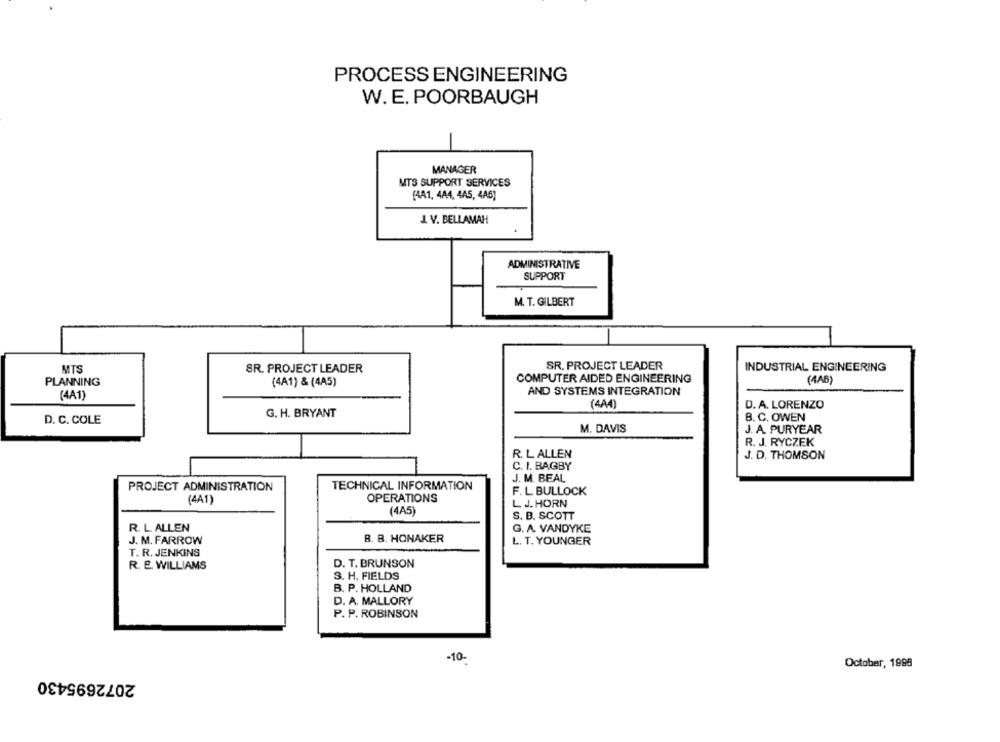
PROCESS ENGINEERING
W. E. POORBAUGH
MANAGER
MTS SUPPORT SERVICES
[4A1, 4A4, 4A5, 4A6)
J. V. BELLAMAH
ADMINISTRATIVE
SUPPORT
M. T. GILBERT
MTS
SR. PROJECT LEADER
SR. PROJECT LEADER
INDUSTRIAL ENGINEERING
COMPUTER AIDED ENGINEERING
PLANNING
(4A1) & (4A5)
(4A6)
AND SYSTEMS INTEGRATION
(4A1)
(4A4)
D. A. LORENZO
G. H. BRYANT
B. C. OWEN
D. C. COLE
M. DAVIS
J. A. PURYEAR
R. J. RYCZEK
R. L ALLEN
J. D. THOMSON
C. I. BAGBY
J. M. BEAL
PROJECT ADMINISTRATION
TECHNICAL INFORMATION
OPERATIONS
F. L. BULLOCK
(4A1)
L. J. HORN
(4A5]
S. B. SCOTT
R. L. ALLEN
G. A. VANDYKE
J. M. FARROW
B. B. HONAKER
L. T. YOUNGER
T. R. JENKINS
D. T. BRUNSON
R. E. WILLIAMS
3. H. FIELDS
B. P. HOLLAND
D. A. MALLORY
P. P. ROBINSON
-10-
October, 1998
2072695430